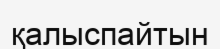
қалыспайтын